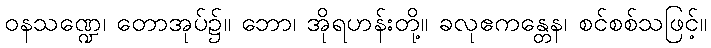
ဝနသဏ္ဍေ၊ တောအုပ်၌။ ဘော၊ အိုရဟန်းတို့။ ခလုဧကန္တေန၊ စင်စစ်သဖြင့်။